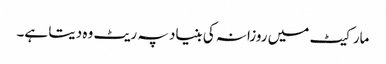
مارکیٹ میں روزانہ کی بنیاد پہ ریٹ وہ دیتا ہے۔